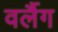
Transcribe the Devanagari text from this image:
वर्लैग